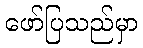
ဖော်ပြသည်မှာ